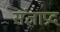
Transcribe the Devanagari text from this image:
संज्ञाप्रद